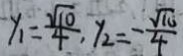
y _ { 1 } = \frac { \sqrt { 1 0 } } { 4 } , y _ { 2 } = - \frac { \sqrt { 1 0 } } { 4 }